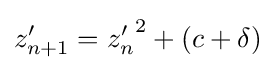
z'_{n+1}={z'_{n}}^{2}+(c+\delta )